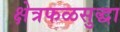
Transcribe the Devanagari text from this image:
क्षेत्रफळसुद्धा